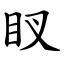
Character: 䀑